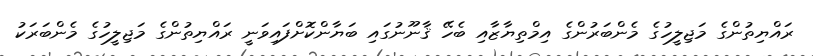
ރައްޔިތުންގެ މަޖިލީހުގެ މެންބަރުންގެ އިމްތިޔާޒާއި ބެހޭ ޤާނޫނުގައި ބަޔާންކޮށްފައިވަނީ ރައްޔިތުންގެ މަޖިލީހުގެ މެންބަރަކު